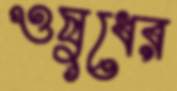
ওষুধের